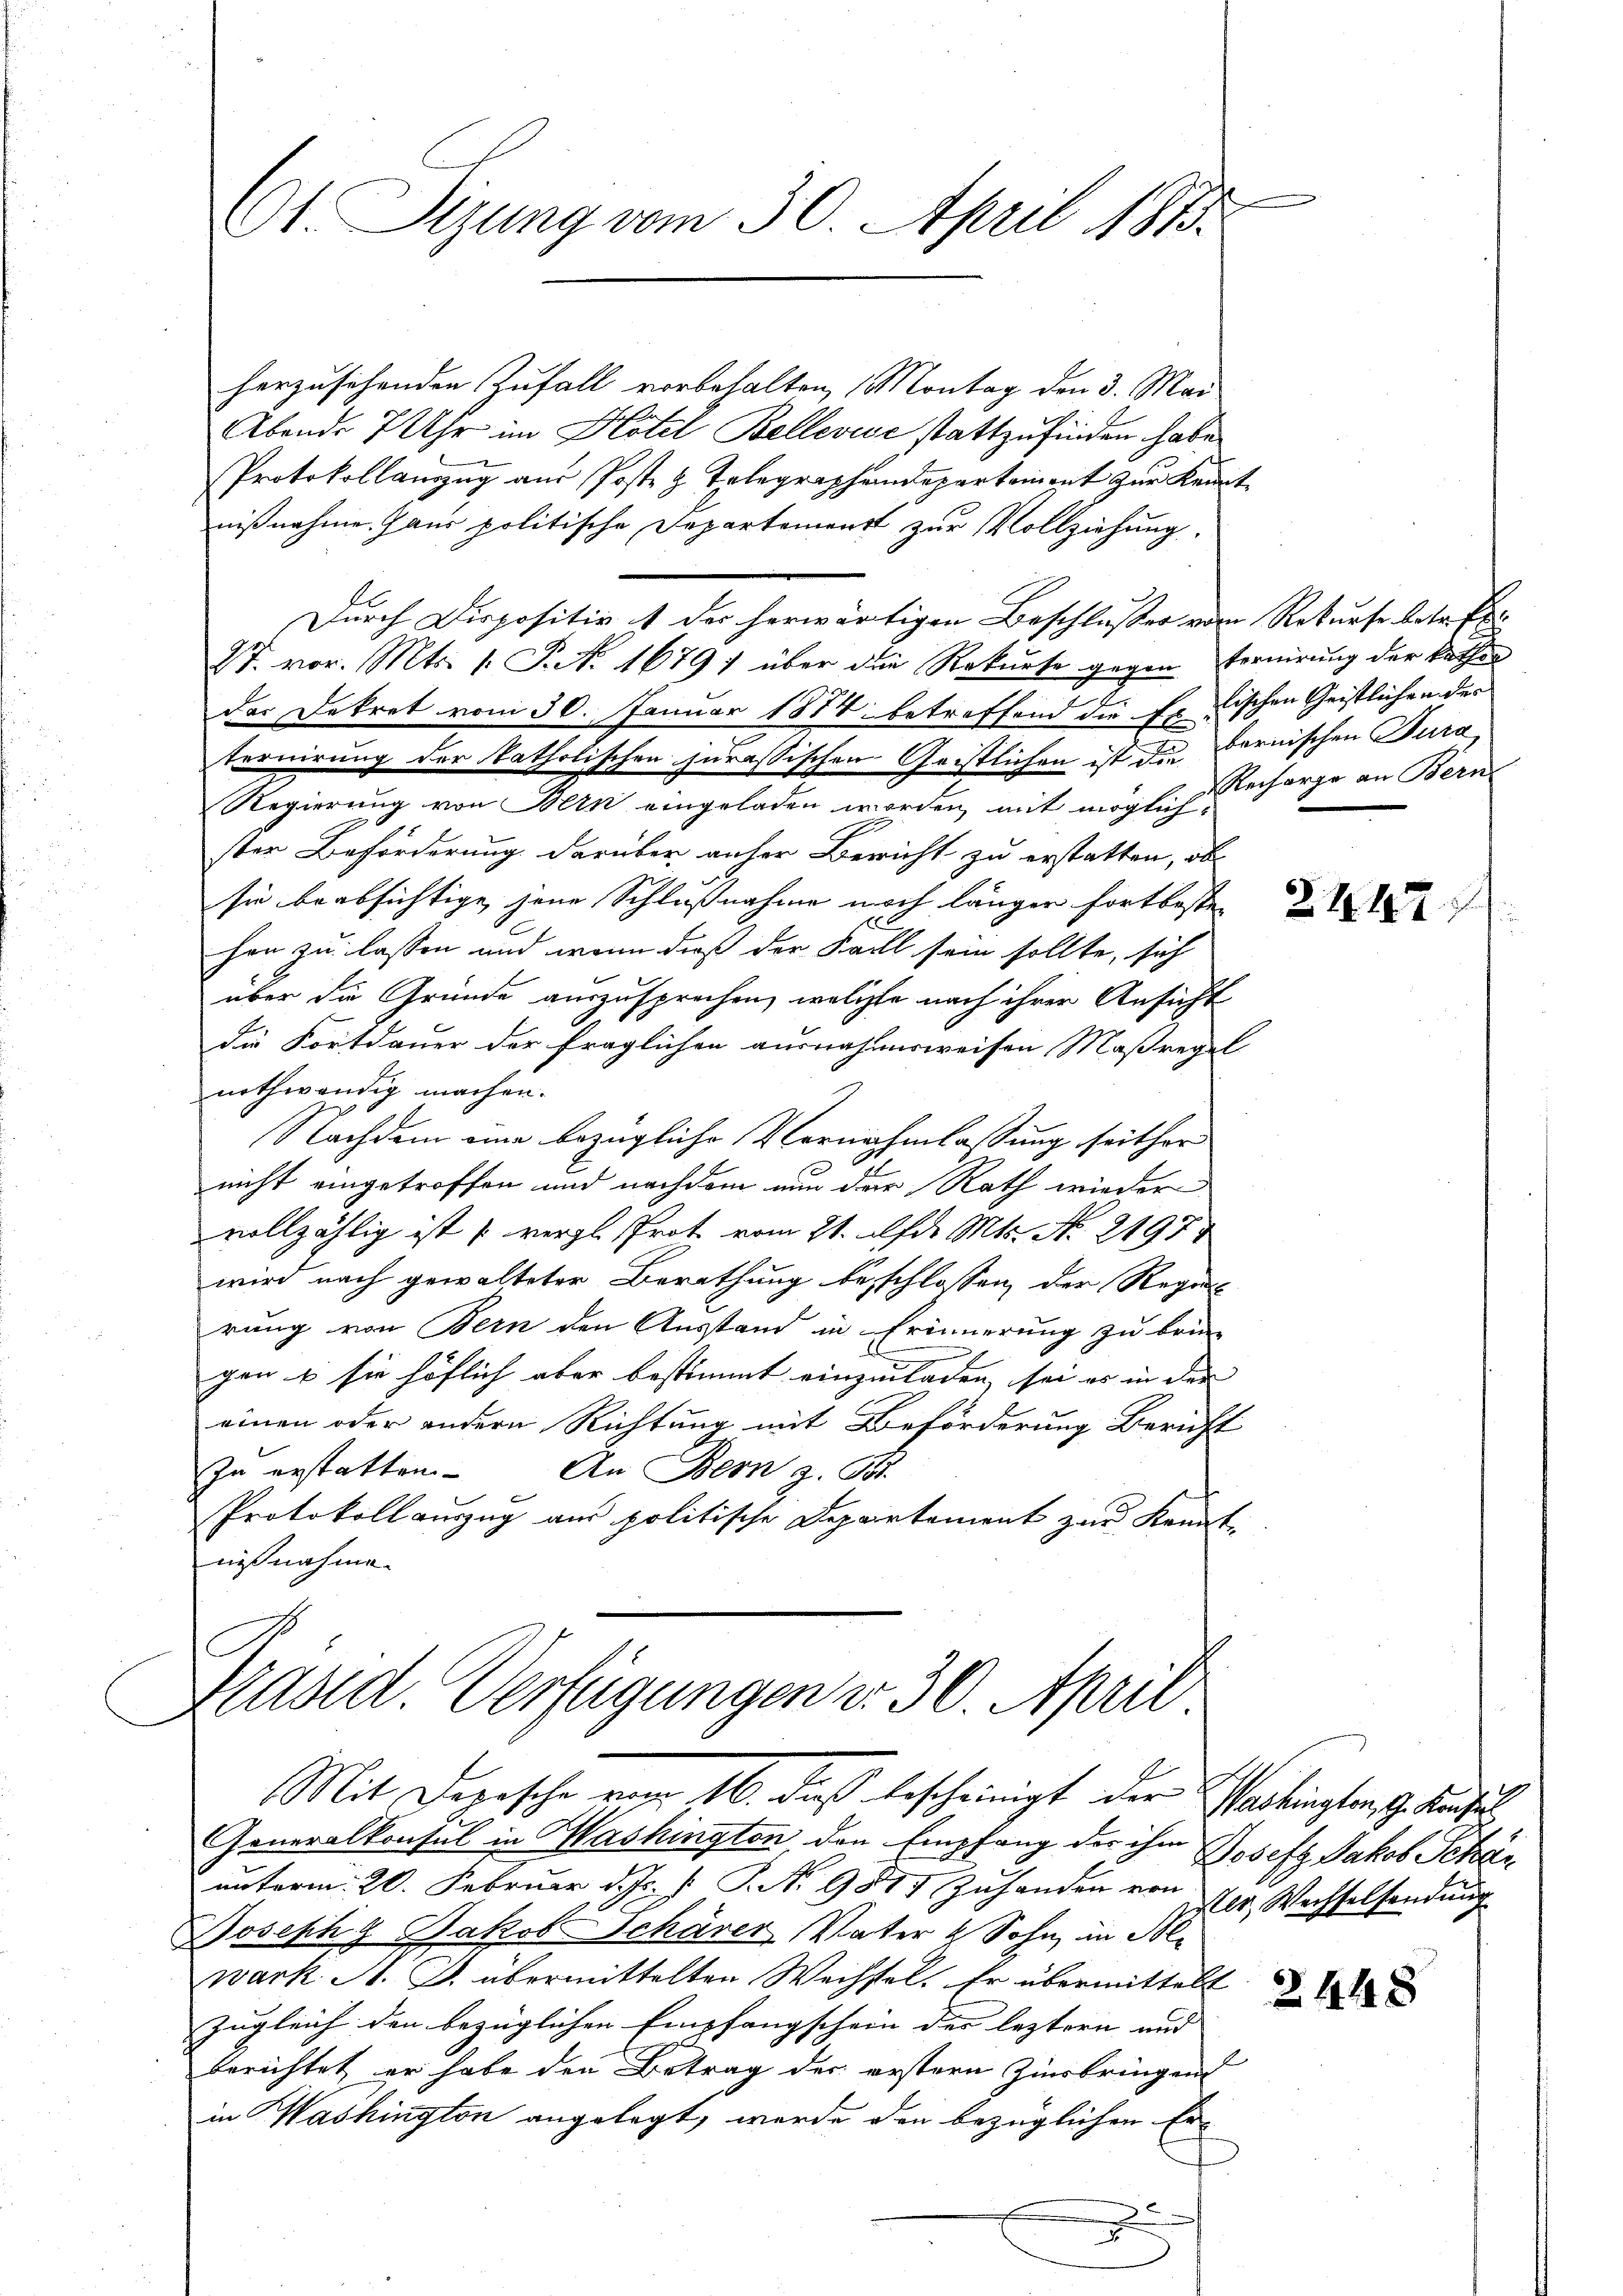
t Sizung vom 30. April 1873.

herzusehenden Zufall vorbehalten, Montag den 3. Mai
Abends 7 Uhr im Hotel Bellevise stattzufinden habe.
Protokollauszug aus Poste z. Telegraphendepartement zur Kennt
nißnahme. Jans politische Departement zur Vollziehung.
d
Durch Dispositiv 1 der herwärtigen Beschlusses vom Rekurse betr. Ex¬
27. vor. Mts. 1. P. No. 1679) über die Rekurse gegen Termierung der kathen
das Dekret vom 30. Januar 1878 betreffend die Frischen Geistlichen des
ternirung der katholischen jurassischen Geistlichen ist die Bernischen Tura
Regierung von Bern eingeladen worden, mit möglichster Beförderung darüber anher Bericht zu erstatten, ob
sie beabsichtige, jene Schlußnahme noch länger fortbeste
hen zu lassen und wenn dieß der Faill sein sollte, sich
über die Gründe auszusprechen, welche nach ihrer Ansicht
die Fortdauer der fraglichen ausnahmsweisen Maßregel
nothwendig machen.
Nachdem eine bezügliche Vernahmlassung seither
nicht eingetroffen und nachdem nun der Rath wieder
vollzählig ist (vergl. Prot vom 21. d. Mts. No. 2197
wird nach gewalteter Berathung beschlossen, der Regie-
rung von Bern den Ausstand in Erinnerung zu brin
gen u sie höflich aber bestimmt einzuladen, sei es in der |
einen oder andern Richtung mit Beförderung Bericht
In erstatten
An Bern z. B.
Protokoll auszug aus politische Departement zur Kenntnißnahme.

Präsid. Verfügungen v. 30. April
Mit Depesche vom 16. dieß bescheinigt der Sarkingen, z. Kan

Generalkonsul in Washington den Empfang der ihm Josefz Jakob Schärunterm 20. Februar d. Js. f. P. Nr. 9815 Zuhanden von der Wechselsendung
Joseph Jakob Schärer Vater & Sohn in Ble
wark A. S. übermittelten Wechsel. Er übermittelt
zugleich den bezüglichen Empfangschein der leztern und |
berichtet er habe den Betrag der erstern Zinsbringen
in Washington angelegt, werde den bezüglichen Er¬
.

Recharge an Bern

2117

2448